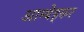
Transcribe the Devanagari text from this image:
आम्बेड्कर